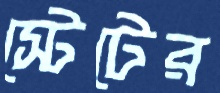
স্টেটের